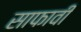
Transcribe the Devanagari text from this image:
साफावी